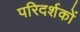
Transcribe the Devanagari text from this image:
परिदर्शकों